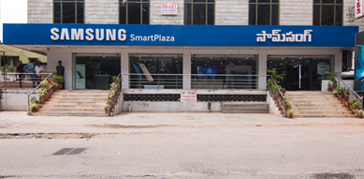
Language: telugu
Transcription: సామ్‌సంగ్